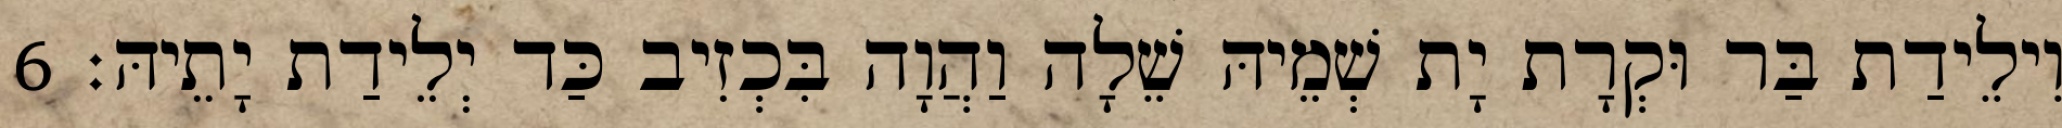
וִילֵידַת בַּר וּקְרָת יָת שְׁמֵיהּ שֵׁלָה וַהֲוָה בִּכְזִיב כַּד יְלֵידַת יָתֵיהּ׃ 6